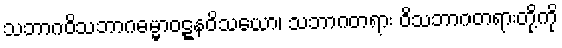
သဘာဂဝိသဘာဂဓမ္မာဝဋ္ဋနဝိသယော၊ သဘာဂတရား ဝိသဘာဂတရားတို့ကို